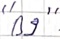
Text: "B9"